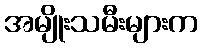
အမျိုးသမီးများက